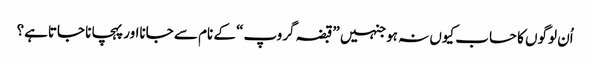
اُن لوگوں کا حساب کیوں نہ ہوجنہیں ”قبضہ گروپ“ کے نام سے جانااور پہچانا جاتاہے؟